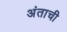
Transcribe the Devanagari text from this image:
अंताची